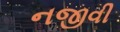
નજીવી